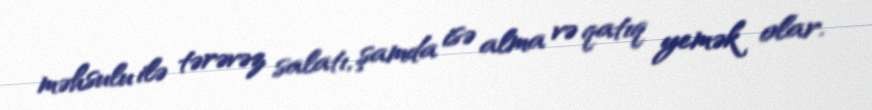
məhsulu ilə tərəvəz salatı, şamda isə alma və qatıq yemək olar.